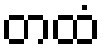
တထံ